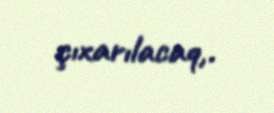
çıxarılacaq,.